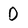
Character: 0